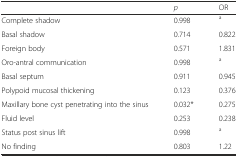
<table><thead><tr><td></td><td><b><i>p</i></b></td><td><b>OR</b></td></tr></thead><tbody><tr><td>Complete shadow</td><td>0.998</td><td><sup>a</sup></td></tr><tr><td>Basal shadow</td><td>0.714</td><td>0.822</td></tr><tr><td>Foreign body</td><td>0.571</td><td>1.831</td></tr><tr><td>Oro-antral communication</td><td>0.998</td><td><sup>a</sup></td></tr><tr><td>Basal septum</td><td>0.911</td><td>0.945</td></tr><tr><td>Polypoid mucosal thickening</td><td>0.123</td><td>0.376</td></tr><tr><td>Maxillary bone cyst penetrating into the sinus</td><td>0.032*</td><td>0.275</td></tr><tr><td>Fluid level</td><td>0.253</td><td>0.238</td></tr><tr><td>Status post sinus lift</td><td>0.998</td><td><sup>a</sup></td></tr><tr><td>No finding</td><td>0.803</td><td>1.22</td></tr></tbody></table>